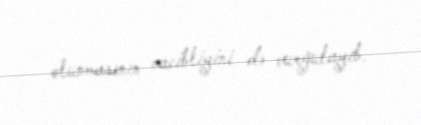
olunmasının vacibliyini də vurğulayıb.